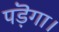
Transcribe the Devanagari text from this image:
पड़ॆगा।